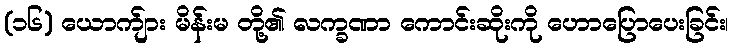
(၁၆) ယောက်ျား မိန်းမ တို့၏ လက္ခဏာ ကောင်းဆိုးကို ဟောပြောပေးခြင်း၊